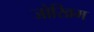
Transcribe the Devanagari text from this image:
जोखिम